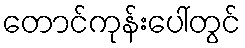
တောင်ကုန်းပေါ်တွင်